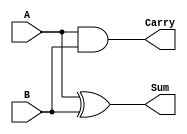
module half_adder (
    input wire A,        // First input bit
    input wire B,        // Second input bit
    output wire Sum,     // Sum output
    output wire Carry    // Carry output
);
    assign Sum = A ^ B;   // XOR for sum
    assign Carry = A & B; // AND for carry
endmodule